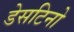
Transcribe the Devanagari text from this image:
डेसटिनो